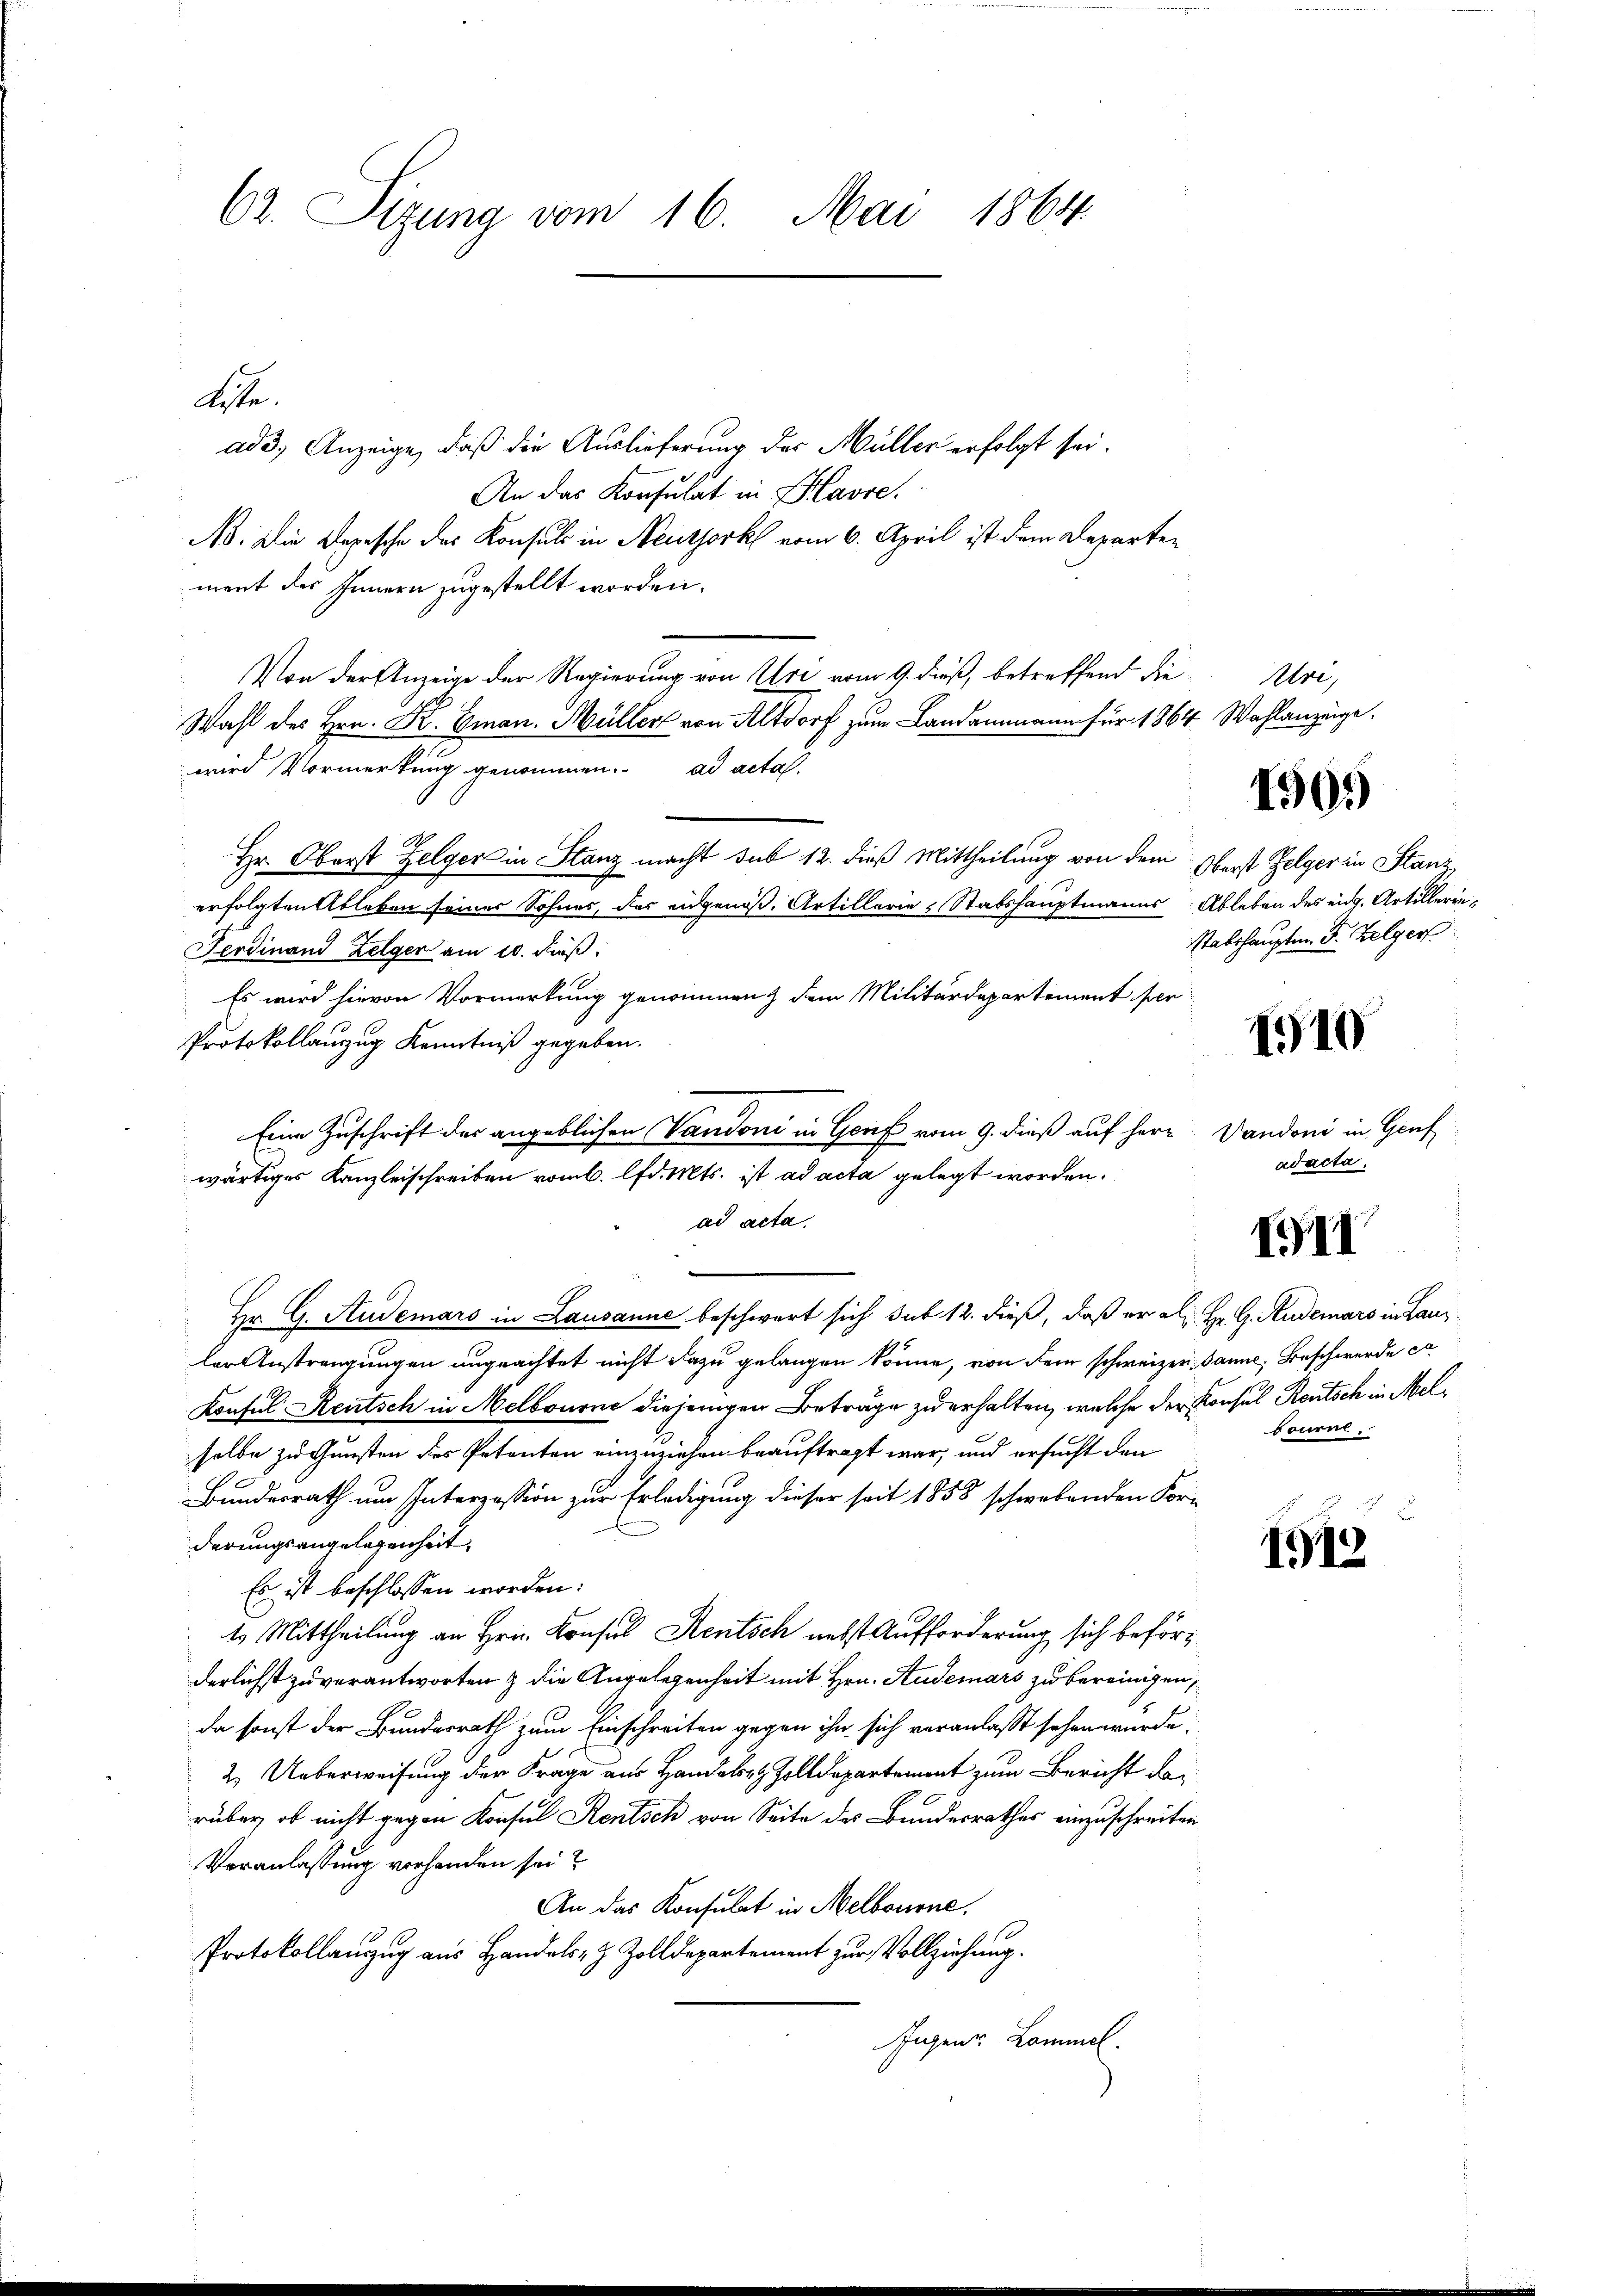
62. Sizung vom 16. Mai 1864.

ad 3. Anzeige, daß die Auslieferung des Müller erfolgt sei.
An das Konsulat in Havre,
No: Die Depesche des Konsuls in Neutjork vom 6. April ist dem Departen
ment des Innern zugestellt worden.
Von der Anzeige der Regierung von Uri vom 9. dieß, betreffend die
Wahl des Hrn. K. Gian. Müller von Altdorf zum Landammann für 1864 Wahlanzeige.
wird Vormerkung genommen. ad acta.
Hr. Oberst Zelger in Stanz macht sub 12. dieß Mittheilung von dem Oberst Zelgerin Stanz
erfolgten Ableben seiner Sohnes, das angenoß. Artillerie & Stabshauptmanns Ableben des eidg. Artillerie¬
Ferdinand Zelger am 10. Fuß.
Es wird hievon Vormerkung genommen dem Militärdepartement per
Protokollauszug Kenntniß gegeben.
Eine Zuschrift der angeblichen Vandoni in Genf vom 9. dieß auf herr Vandoni in Genf
wärtiges Kanzleischreiben vom 6. lfd. Mts. ist ad acta gelegt worden.
ad acta.
Hr. G. Audemars in Lausanne beschwert sich sub 12. dieß, daß er als Hr. G. Rudemars in Lanz
ler Anstragungen ungeachtet nicht dazu gelangen könne, von dem schweizer danne, Beschwerde ca
Konsul Reutsch in Melbourne diejenigen Beträge zu erhalten, welche der Konsul Rentsch in Melselbe zu Gunsten des Petenten einzuziehen beauftragt war, und ersucht den
Bundesrath um Interzession zur Erledigung dieser seit 1858 schwebenden Forderungsangelegenheit.
Es ist beschlossen worden.
t. Mittheilung an Hrn. Konsul Rentsch nebst Aufforderung sich beförderlichst zu verantworten & die Angelegenheit mit Hrn. Audemars zu bereinigen,
da sonst der Bundesrath zum Einschreiten gegen ihn sich veranlasst sehen wurde.
2. Ueberweisung der Frage aus Hande Zolldepartement zum Bericht darüber, ob nicht gegen Konsul Rentsch von Seite des Bundesrathes einzuschreiten
Veranlassung vorhanden sei?
An das Konsulat in Melbourne
Protokollauszug aus Handels- & Zolldepartement zur Vollziehung.
Jugen Kommel.

Aste.

Alre

1509

stabshauptm. Fr. Zelger

1910

ad acta.

III

bourel.

1912